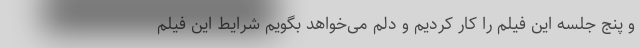
و پنج جلسه این فیلم را کار کردیم و دلم می‌خواهد بگویم شرایط این فیلم